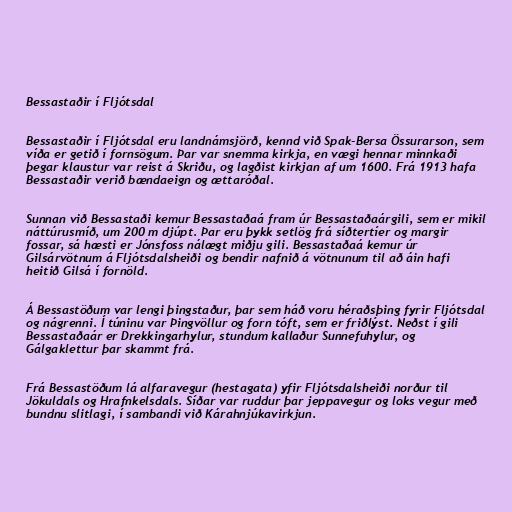
Bessastaðir í Fljótsdal

Bessastaðir í Fljótsdal eru landnámsjörð, kennd við Spak-Bersa Össurarson, sem
víða er getið í fornsögum. Þar var snemma kirkja, en vægi hennar minnkaði
þegar klaustur var reist á Skriðu, og lagðist kirkjan af um 1600. Frá 1913 hafa
Bessastaðir verið bændaeign og ættaróðal.

Sunnan við Bessastaði kemur Bessastaðaá fram úr Bessastaðaárgili, sem er mikil
náttúrusmíð, um 200 m djúpt. Þar eru þykk setlög frá síðtertíer og margir
fossar, sá hæsti er Jónsfoss nálægt miðju gili. Bessastaðaá kemur úr
Gilsárvötnum á Fljótsdalsheiði og bendir nafnið á vötnunum til að áin hafi
heitið Gilsá í fornöld.

Á Bessastöðum var lengi þingstaður, þar sem háð voru héraðsþing fyrir Fljótsdal
og nágrenni. Í túninu var Þingvöllur og forn tóft, sem er friðlýst. Neðst í gili
Bessastaðaár er Drekkingarhylur, stundum kallaður Sunnefuhylur, og
Gálgaklettur þar skammt frá.

Frá Bessastöðum lá alfaravegur (hestagata) yfir Fljótsdalsheiði norður til
Jökuldals og Hrafnkelsdals. Síðar var ruddur þar jeppavegur og loks vegur með
bundnu slitlagi, í sambandi við Kárahnjúkavirkjun.